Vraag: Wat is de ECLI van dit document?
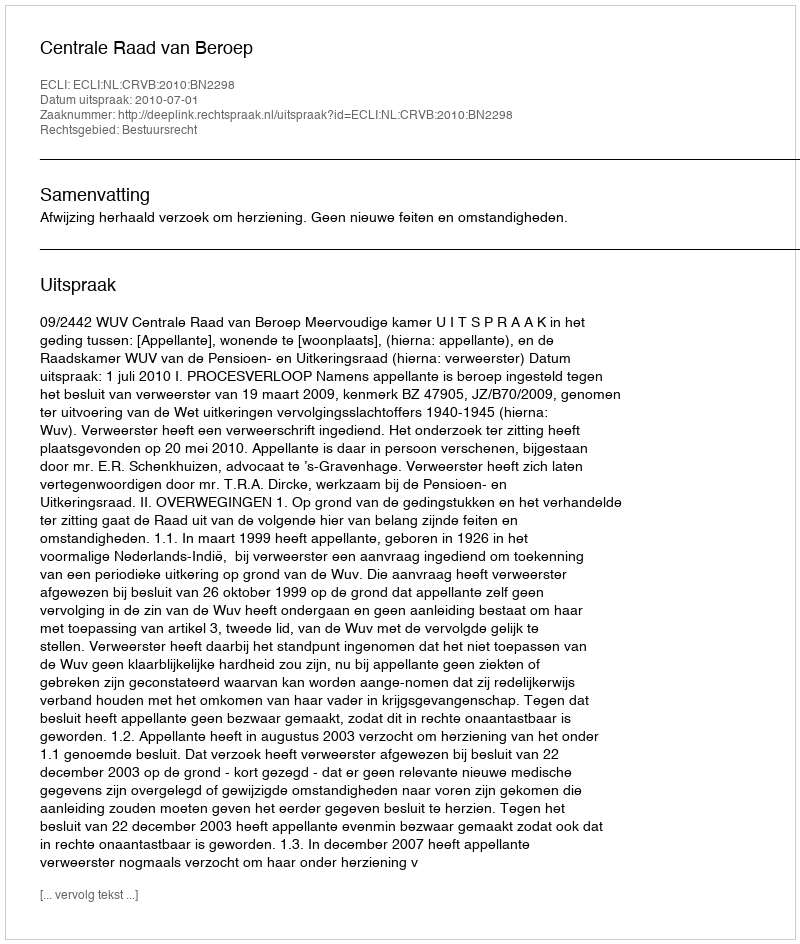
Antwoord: ECLI:NL:CRVB:2010:BN2298